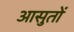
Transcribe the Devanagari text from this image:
आसुतों